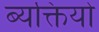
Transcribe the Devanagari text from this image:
ब्यक्तियो